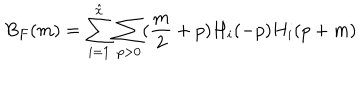
B _ { F } ( m ) = \sum _ { i = 1 } ^ { \hat { x } } \sum _ { p > 0 } ( \frac { m } { 2 } + p ) H _ { i } ( - p ) H _ { i } ( p + m )